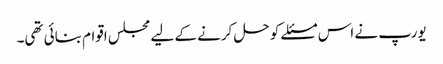
یورپ نے اس مسئلے کو حل کرنے کے لیے مجلس اقوام بنائی تھی۔